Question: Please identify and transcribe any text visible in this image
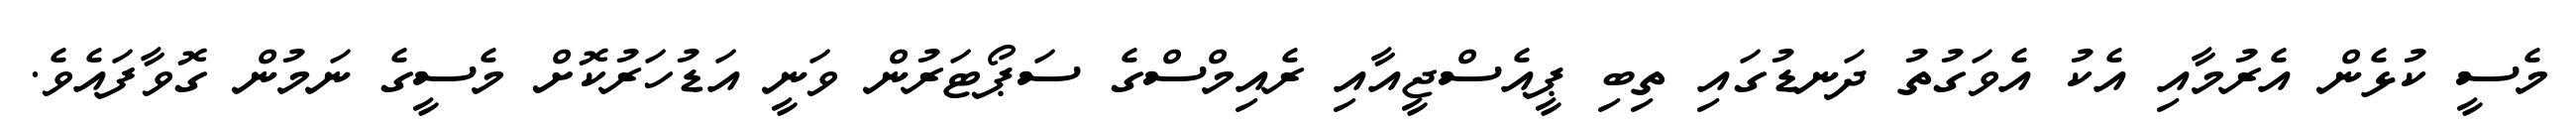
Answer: މެސީ ކުޅެން އެރުމާއި އެކު އެވަގުތު ދަނޑުގައި ތިބި ޕީއެސްޖީއާއި ރެއިމްސްގެ ސަޕޯޓަރުން ވަނީ އަޑުހަރުކޮށް މެސީގެ ނަމުން ގޮވާފައެވެ.